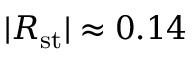
| R _ { \mathrm { s t } } | \approx 0 . 1 4